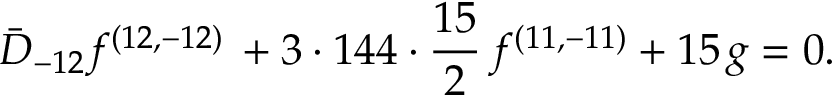
{ \bar { D } _ { - 1 2 } f ^ { ( 1 2 , - 1 2 ) } \, + 3 \cdot 1 4 4 \cdot { \frac { 1 5 } { 2 } } \, f ^ { ( 1 1 , - 1 1 ) } + 1 5 \, g = 0 . }